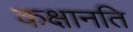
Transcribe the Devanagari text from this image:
कक्षानति